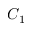
C _ { 1 }